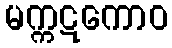
မက္ကဋကောဝ